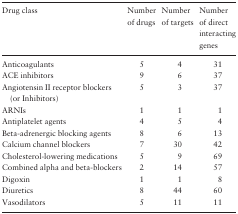
<table><thead><tr><td><b>Drug class</b></td><td><b>Number of drugs</b></td><td><b>Number of targets</b></td><td><b>Number of direct interacting genes</b></td></tr></thead><tbody><tr><td>Anticoagulants</td><td>5</td><td>4</td><td>31</td></tr><tr><td>ACE inhibitors</td><td>9</td><td>6</td><td>37</td></tr><tr><td>Angiotensin II receptor blockers (or Inhibitors)</td><td>5</td><td>3</td><td>37</td></tr><tr><td>ARNIs</td><td>1</td><td>1</td><td>1</td></tr><tr><td>Antiplatelet agents</td><td>4</td><td>5</td><td>4</td></tr><tr><td>Beta-adrenergic blocking agents</td><td>8</td><td>6</td><td>13</td></tr><tr><td>Calcium channel blockers</td><td>7</td><td>30</td><td>42</td></tr><tr><td>Cholesterol-lowering medications</td><td>5</td><td>9</td><td>69</td></tr><tr><td>Combined alpha and beta-blockers</td><td>2</td><td>14</td><td>57</td></tr><tr><td>Digoxin</td><td>1</td><td>1</td><td>8</td></tr><tr><td>Diuretics</td><td>8</td><td>44</td><td>60</td></tr><tr><td>Vasodilators</td><td>5</td><td>11</td><td>11</td></tr></tbody></table>